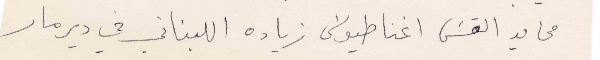
من يد القس اغناطيوس زيادة اللبناني في دير مار